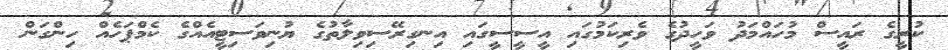
ކުރީގެ ރައީސް މުހައްމަދު ވަހީދުގެ ވެރިކަމުގައި އީސީސީގައި އިނގިރޭސިވިލާތުގެ ޔުނިވަސިޓީއެއްގެ ކެމްޕަހެއް ހިންގަން